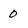
Character: 0